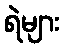
ရဲများ